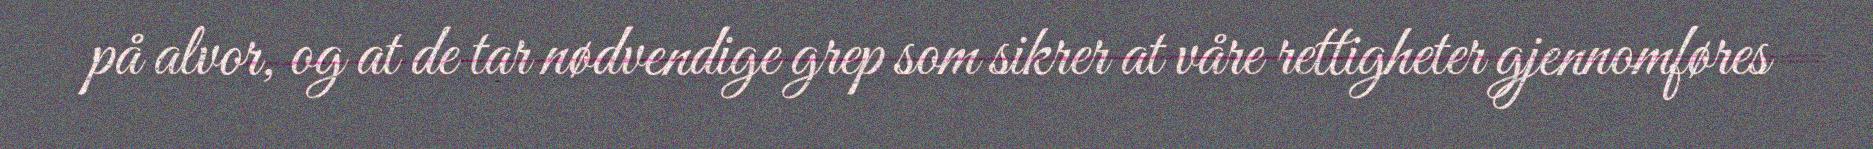
på alvor, og at de tar nødvendige grep som sikrer at våre rettigheter gjennomføres